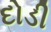
દોડી